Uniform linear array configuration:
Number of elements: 8
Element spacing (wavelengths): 0.5
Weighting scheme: uniform
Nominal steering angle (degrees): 0
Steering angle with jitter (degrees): -0.0807
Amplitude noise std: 0.05
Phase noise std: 0.05

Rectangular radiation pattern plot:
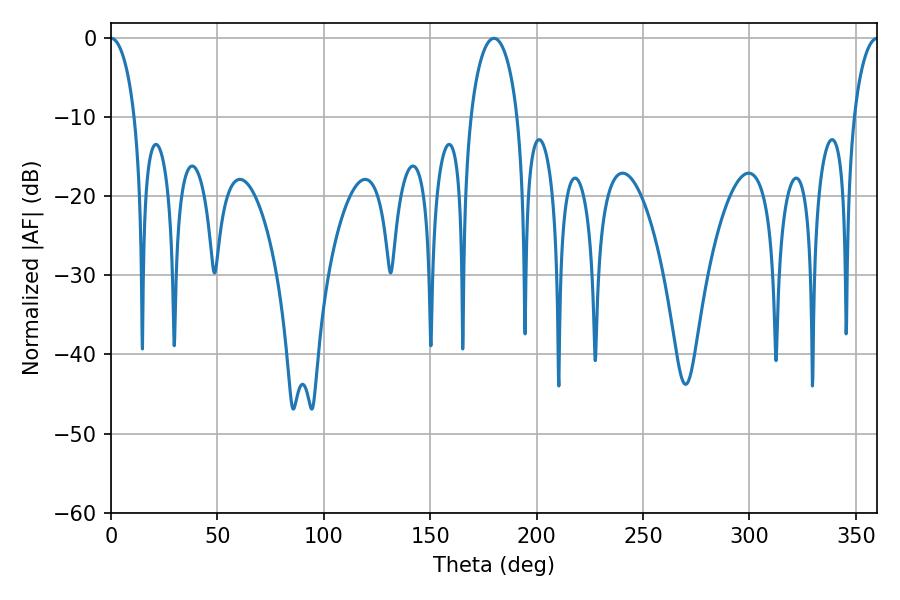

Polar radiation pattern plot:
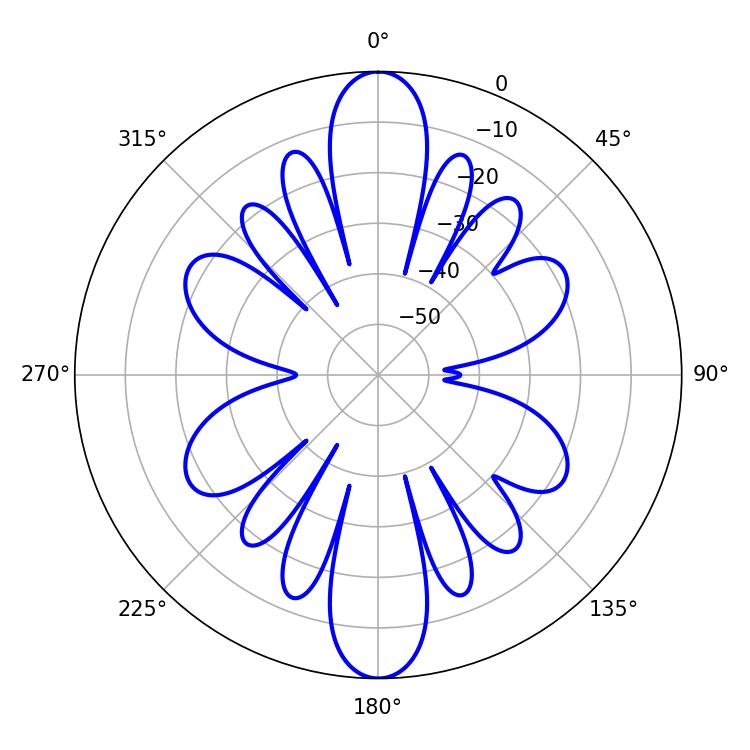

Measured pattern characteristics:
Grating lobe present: FALSE
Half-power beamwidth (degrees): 6.48
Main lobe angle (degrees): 0